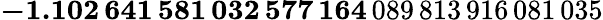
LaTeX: \mathbf{-1.102\, 641\, 581\, 032\, 577\, 164}\, 089\, 813\, 916\, 081\, 035